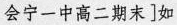
会宁一中高二期末]如